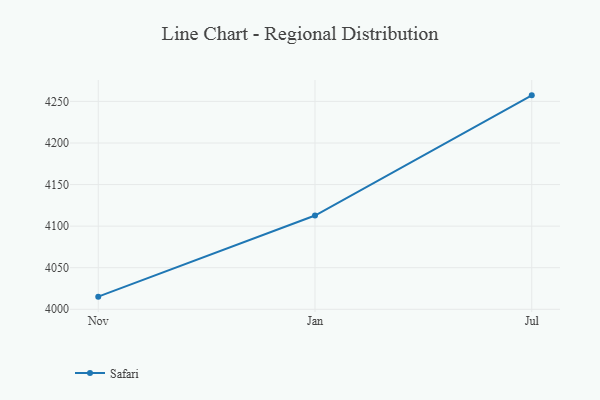
{"axis": {"x": "Month", "y": "LTV (USD)"}, "legend": ["Safari"], "data": [{"x": "Nov", "y": 4015.2, "type": "Safari"}, {"x": "Jan", "y": 4112.8, "type": "Safari"}, {"x": "Jul", "y": 4257.3, "type": "Safari"}]}